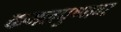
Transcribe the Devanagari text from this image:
कमलपुष्पावर